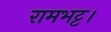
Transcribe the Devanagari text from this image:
रामभट्ट।